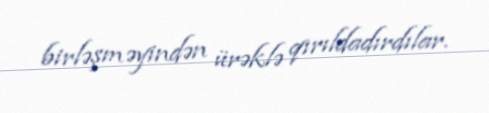
birləşməyindən ürəklə qırıldadırdılar.